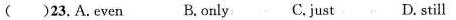
( )23.A.even B.only C.just D. still